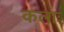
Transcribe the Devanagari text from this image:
कलाः